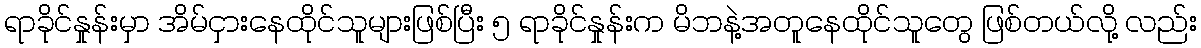
ရာခိုင်နှုန်းမှာ အိမ်ငှားနေထိုင်သူများဖြစ်ပြီး ၅ ရာခိုင်နှုန်းက မိဘနဲ့အတူနေထိုင်သူတွေ ဖြစ်တယ်လို့ လည်း